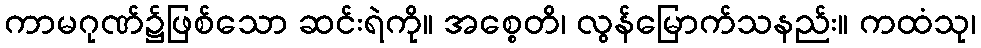
ကာမဂုဏ်၌ဖြစ်သော ဆင်းရဲကို။ အစ္စေတိ၊ လွန်မြောက်သနည်း။ ကထံသု၊